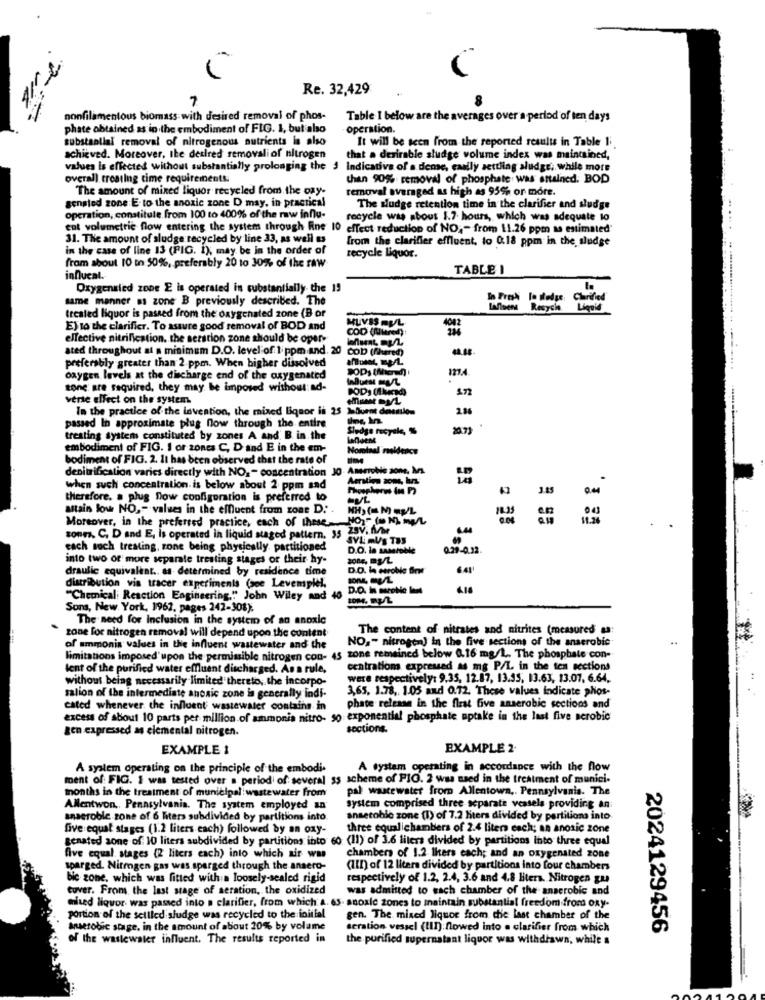
Re. 32,429
7
nonfilamentous biomass with desired removal of phos-
Table I below are the averages over a period of ten days
phate obtained as in the embodiment of FIG. 1, but also
operation.
substantial removal of nitrogenous nutrients is also
It will be seen from the reported results in Table 1;
achieved. Moreover, the desired removali of nitrogen
that a desirable sludge volume index was maintained,
values is effected without substantially prolonging the 3 Indicative of a dense, easily settling sludge; while more
overall treating time requirements.
than 90% removal of phosphate was attalned. BOD
The amount of mixed liquor recycled from the oxy-
removal averaged as high as 95% or more.
sengled zone E. to the anoxic zone D may, in practical
The sludge retention time in the clarifier and sludge
operation, constitute from 100 to 400% of the raw influ-
recycle was about 1.7 hours, which was adequate to
ent volumetric flow entering the system through Rne 10 effect reduction of NO. - from 11.26 ppm as estimated'
31. The amount of sludge recycled by line 33, as well as
from the clarifier effluent, to 0.18 ppm in the sludge
in the case of line 13 (FIG. 1); may be in the order of
from about 10 to 50%, preferably 20 to 30%% of the raw
recycle Liquor.
TABLE I
influcal.
Oxygensled zone E is operated in substantially. the 19
same manner ss zone B previously described. The
Clarified
Resych
treated liquor is passed from the oxygenated zone (B of
MUVES OUL
E) to the clarifier. To assure good removal of BOD and
effective nitrification. the serstion zone should be oper.
COD (there))
sted throughout at a minimum D.O. level of 1 ppm and. 20
COD (fihered)
preferably greater than 2.ppm. When higher dissolved
mA
oxygen levels at the discharge end of the oxygenated
zone are required, they may be imposed without ad-
5
verte effect on the system.
In the practice of the invention, the mixed liquor is 25 Jelluent deenlos
2.88
Ins, In.
passed In approximate plug flow through the entire
treating system constituted by zones A and B. in. the
Lafluent
embodiment of FIG. 1 or zones C, D and E in the em-
Nominal noidence
bodiment of FIG. 2. It has been observed that the rate of
denitrification varies directly with NO, - concentration
J0- Ameriobis some, M.
Aerating zom, brz;
when such concentration. is below about 2 ppm and
3.85
therefore. a plug flow configuration is preferred to
astain Jour NO ,- values in the effluent from zone D.' .
Moreover, in the preferred practice, each of these-Noy" ( N), mel
: 95
sonm. C. D and E, Is operated in liquid staged pattern, 35
SYL MUS TIS
each noch treating, zone being physically partitioned
D.O. la sameroble
0.29-0.32.
into two or more separate treating stages of their hy-
draulic equivalent .. as determined by residence time
D.O. In earobie Bin
distribution vin tracer experiments (sce Levemplel,
D.O. In morphic lant
"Chemical Reaction Engineering," John Wiley and 40
Sons, New York, 1962, pages 242-308);
The need for Inclusion in the system of an anoxic
zane for nitrogen removal will depend upon the content
The content of nitrates and nitrites (measured sa
NO ,- nitrogen) in the five sections of the anaerobic
of ammonia values in the influent wastewater and the
limitations imposed'upon the permissible nitrogen con- 45 zone remained below 0.16 mg/L. The phosphate con-
lent of the purified water effluent discharged. As a rule,
centration expressed as mg P/L in the ten sections
without being necessarily limited thereto, the incorpo-
were respectively: 9.35, 12.87, 13.35, 13.63, 13.07. 6.64.
3,65, 1.78, 1.05 and 0.72. These values indicate phos-
salion of the intermediate ancaic zone is generally indi-
cated whenever the influent wastewater contains in
phate release in the first five anaerobic sections and
excess of about 10 parts per million of ammonia nitro- 50 exponential phosphate uptake in the last five serobic
gen expressed as elemental nitrogen.
sections.
EXAMPLE 1
EXAMPLE 2.
A system operating on the principle of the embodi-
A system operating in accordance with the flow
ment of FIG. I was tested over a period of several ss scheme of PIO. 2 was used in the treatment of munici.
months in the treatment of municipal wastewater from
pal wastewater from Allentown ,. Pennsylvania. The
Allentwon ,, Pennsylvania. The system employed an
system comprised three separate veasela providing an
anaerobic zone of 6 liters subdivided by partitions into.
anaerobic zone (1) of 7.2 liters divided by partitions into
five equat stages (1.2 liters each) followed by an oxy-
three equalichambers of 2.4 liters each; an anoxic zone
genated aone of 10 liters subdivided by partitions into 60 (11) of 3.6 liters divided by partitions into three equal
five equal stages (2 liters each) into which air was
chambers of 1.2 Ikers each; and an oxygenated zone
soarged. Nitrogen gas was sparged through the ansero-
(III) of 12 liters divided by partitions into four chambers
bic zone, which was fitted with a loosely-sealed rigid
respectively of 1.2, 2.4, 3.6 and 4.8 Biters. Nitrogen gu
cover. From the last stage of seration, the oxidized
was admitted to each chamber of the anaerobic and
wired liquor was passed into a clarifier, from which a. 6s. snoale zones to maintain substantial freedom from oxy-
portion of the settled sludge was recycled to the initial
gen. The mixed liquor from the last chamber of the
anaerobic stage, in the amount of about 20% by volame
seration vessel (III): flowed into a clarifier from which
2024129456
of the wastewater influent. The results reported in
the purified supernatant liquor was withdiswa, while a